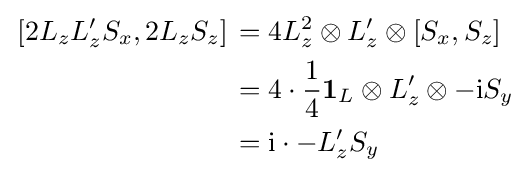
{\begin{aligned}\left.[2L_{z}L_{z}'S_{x},2L_{z}S_{z}]\right.&=4L_{z}^{2}\otimes L_{z}'\otimes [S_{x},S_{z}]\\&=4\cdot {\frac {1}{4}}\mathbf {1} _{L}\otimes L_{z}'\otimes -\mathrm {i} S_{y}\\&=\mathrm {i} \cdot -L_{z}'S_{y}\end{aligned}}